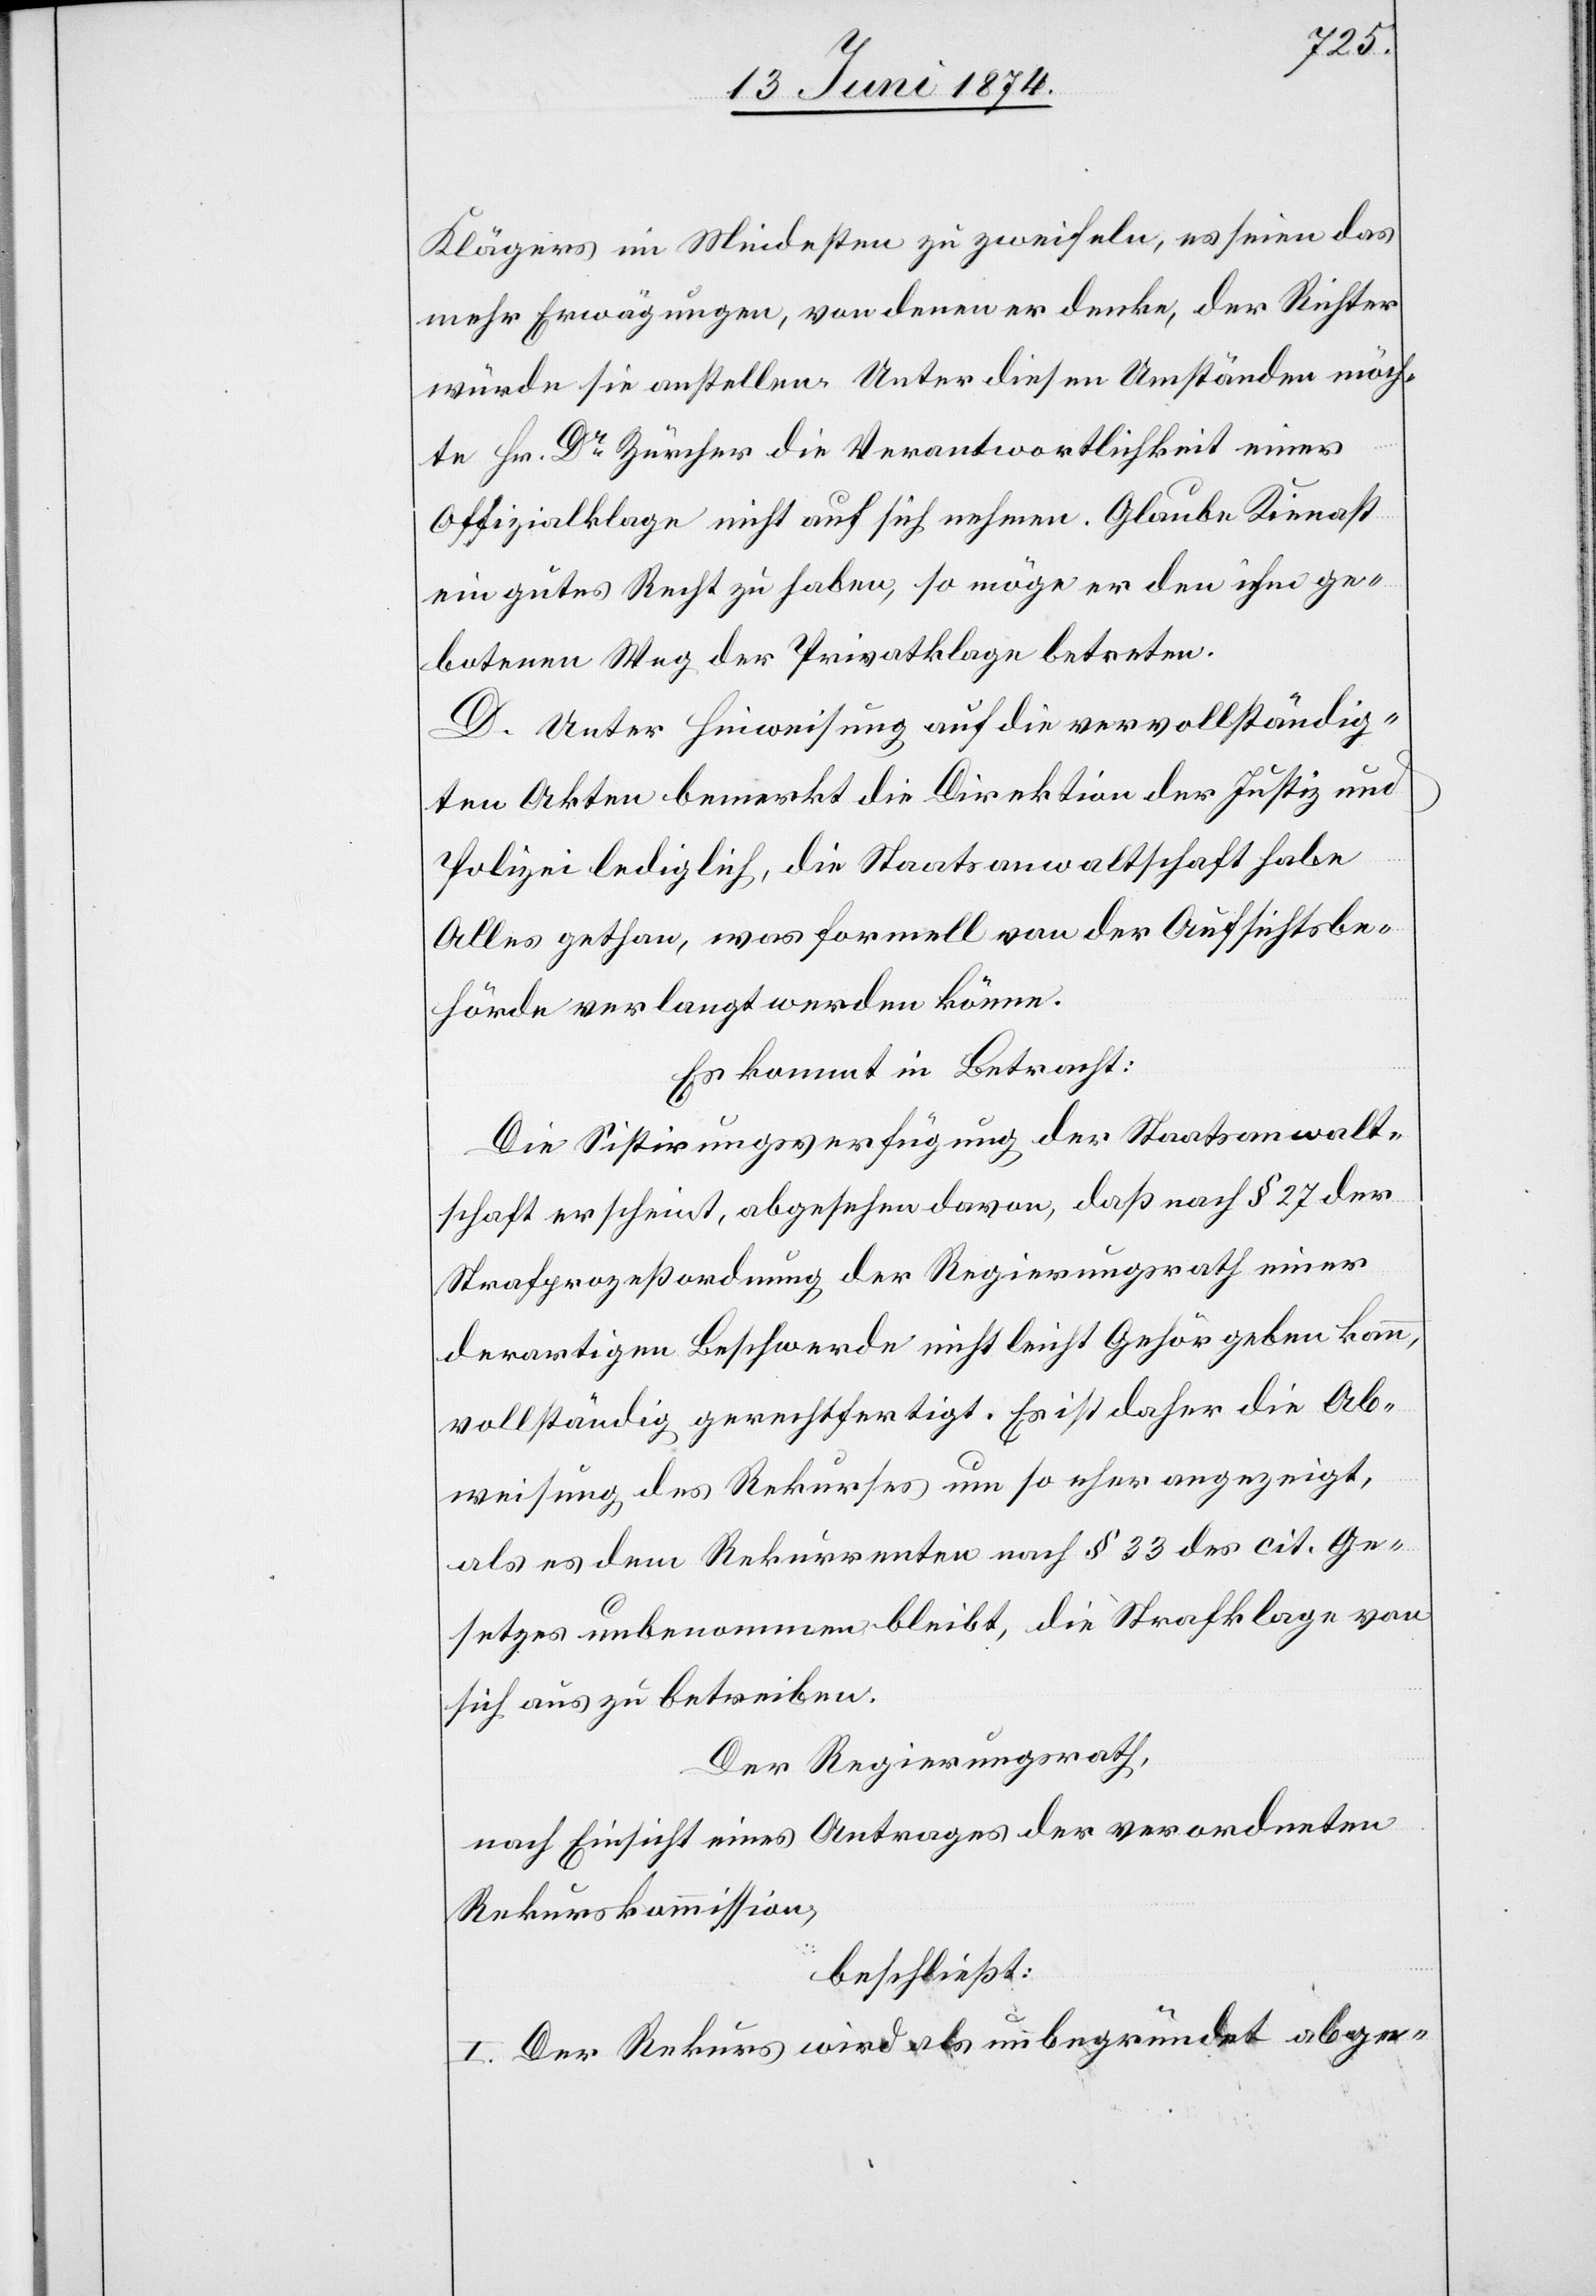
Klägers im Mindesten zu zweifeln, es seien das
mehr Erwägungen, von denen er denke, der Richter
würde sie anstellen. Unter diesen Umständen möch¬
te Hr. Dr Zürcher die Verantwortlichkeit einer
Offizialklage nicht auf sich nehmen. Glaube Kienast
ein gutes Recht zu haben, so möge er den ihm ge¬
botenen Weg der Privatklage betreten.
D. Unter Hinweisung auf die vervollständig¬
ten Akten bemerkt die Direktion der Justiz und
Polizei lediglich, die Staatsanwaltschaft habe
Alles gethan, was formell von der Aufsichtsbe¬
hörde verlangt werden könne.
Es kommt in Betracht:
Die Sistirungsverfügung der Staatsanwalt¬
schaft erscheint, abgesehen davon, daß nach § 27 der
Stafprozeßordnung der Regierungsrath einer
derartigen Beschwerde nicht leicht Gehör geben kann,
vollständig gerechtfertigt. Es ist daher die Ab¬
weisung des Rekurses um so eher angezeigt,
als es dem Rekurrenten nach § 33 des cit. Ge¬
setzes unbenommen bleibt, die Strafklage von
sich aus zu betreiben.
Der Regierungsrath,
nach Einsicht eines Antrages der verordneten
Rekurskommission,
beschließt:
I. Der Rekurs wird als unbegründet abge-